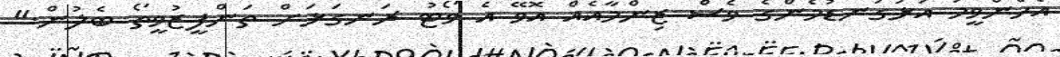
އެހެންވީމަ އަޅުގަނޑުމެންގެ ވެސް ޒިންމާއެއް އޮވޭ އެ ވޯޓު ރަނގަޅަށް ތަންފީޒުވީތޯ ބެލުން."